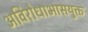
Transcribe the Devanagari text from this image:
अविरोधाभासयुक्त